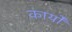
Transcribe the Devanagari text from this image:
कार्योँ